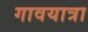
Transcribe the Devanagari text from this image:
गावयात्रा